65_HS1-834228961_62-HQ-83894_Section_5
Agency: FBI
Page 2
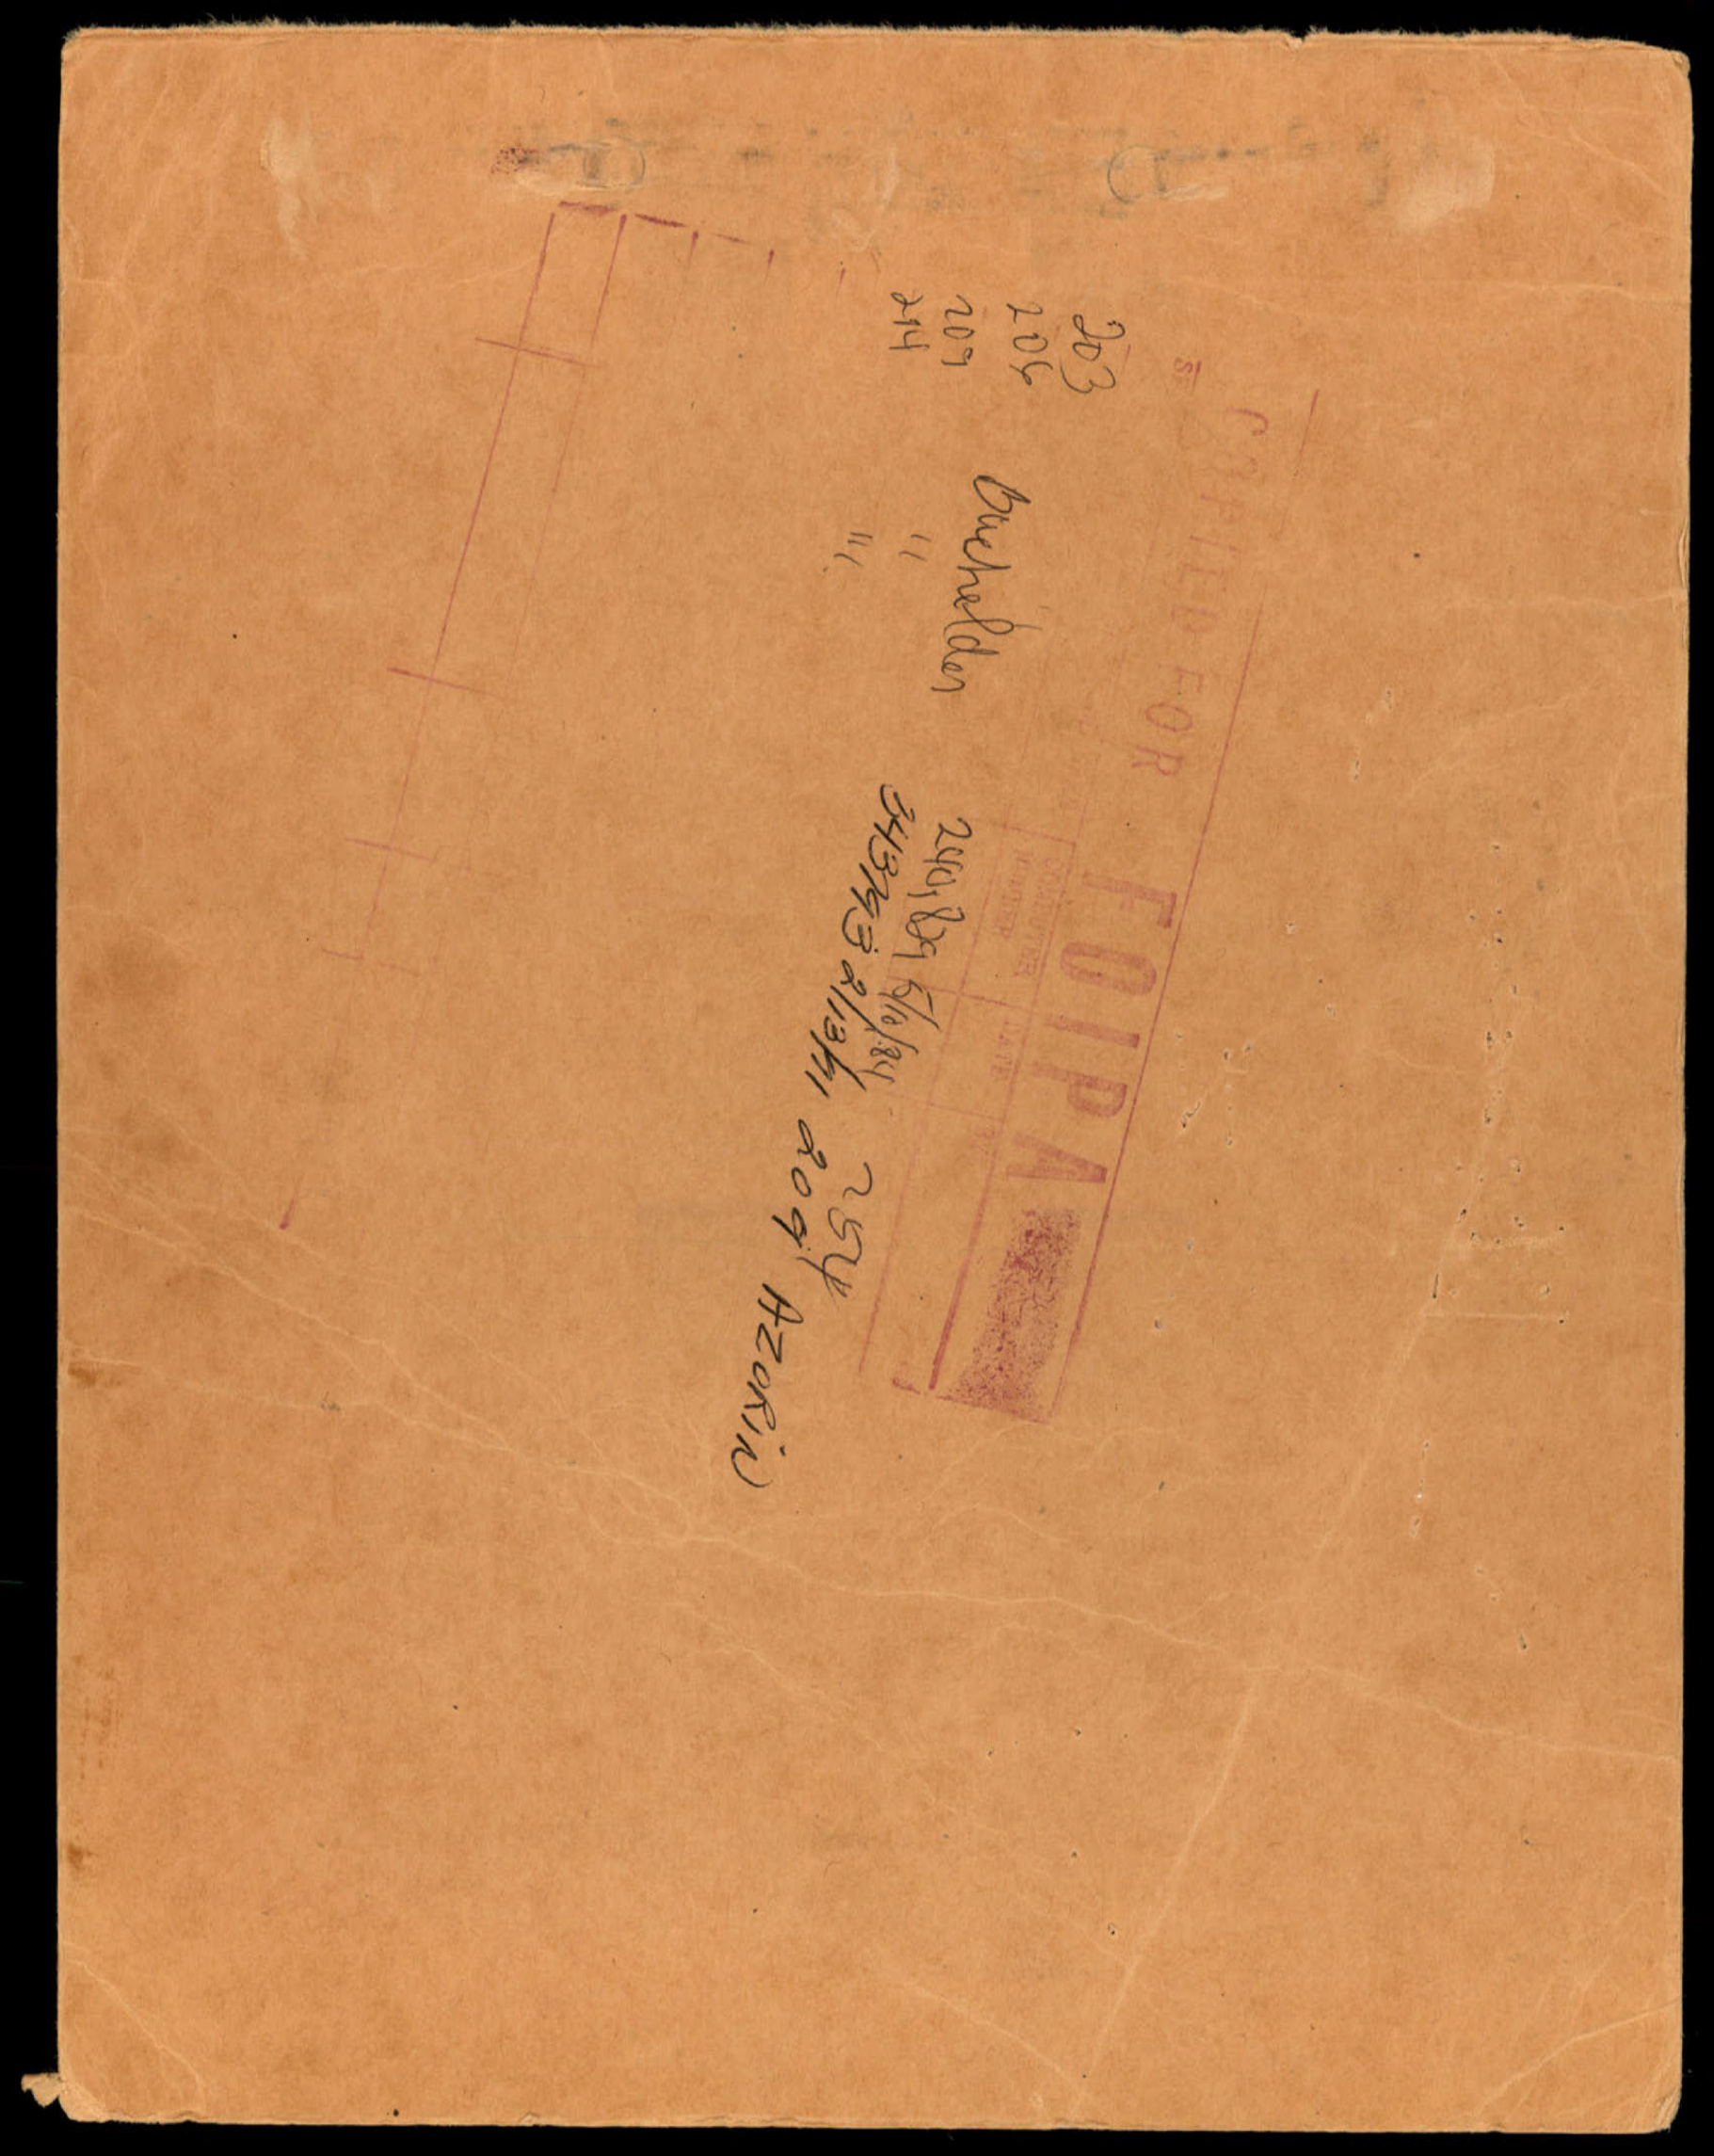